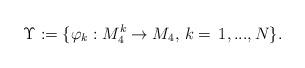
LaTeX: \begin{align*}\Upsilon:=\{\varphi_k:M^k_4\to M_4,\, k=\,1,...,N\}.\end{align*}